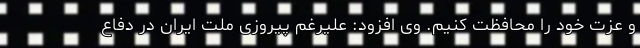
و عزت خود را محافظت کنیم. وی افزود: علیرغم پیروزی ملت ایران در دفاع